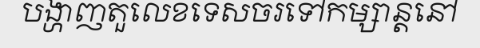
បង្ហាញតួលេខទេសចរទៅកម្សាន្តនៅ